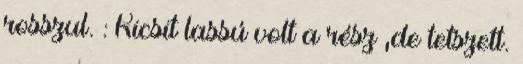
rosszul. : Kicsit lassú volt a rész ,de tetszett.